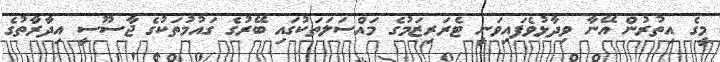
މީގެ އިތުރުން އޭނާ ވިދާޅުވެފައިވަނީ ޓެރަރިޒަމުގެ މައްސަލަތަކުގައި ބޭރުގެ ގައުމުތަކުގެ ޖާސޫސީ އިދާރާތުގެ